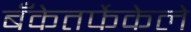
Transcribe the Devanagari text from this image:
बँकेतर्फेकेले